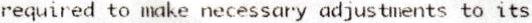
REQUIRED TO MAKE NECESSARY ADJUSTMENTS TO ITS